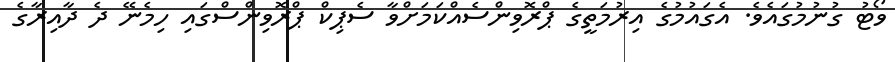
ވޯޓު ގުނުމުގައެވެ. އެގައުމުގެ އިރުމަތީގެ ޕްރޮވިންސެއްކަމަށްވާ ސެޕިކް ޕްރޮވިންސްގައި ހިމެނޭ ދެ ދާއިރާގެ